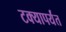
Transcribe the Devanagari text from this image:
टक्यापर्यंत